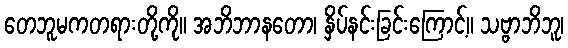
တေဘူမကတရားတို့ကို။ အဘိဘာနတော၊ နှိပ်နင်းခြင်းကြောင့်။ သဗ္ဗာဘိဘူ၊